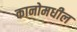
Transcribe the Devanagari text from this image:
कानोमधील